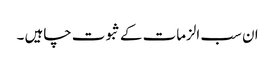
ان سب الزمات کے ثبوت چاہیں ۔